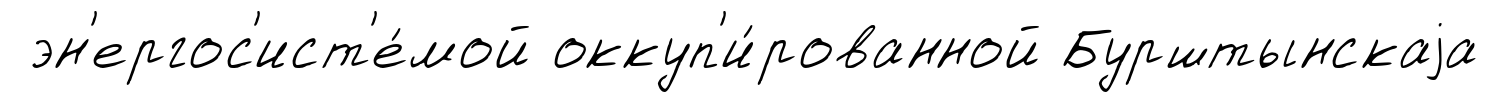
эн'ергос'ист'е́мой оккуп'и́рованной Бурштынскаjа